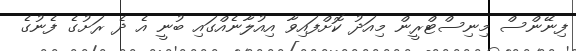
ފިނޭންސް މިނިސްޓްރީން މިއަދު ކޮށްފައިވާ އިއުލާނެއްގައި ބުނީ އެ ދެ ރަށުގެ ފެނުގެ